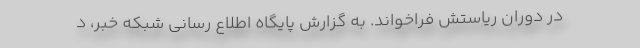
در دوران ریاستش فراخواند. به گزارش پایگاه اطلاع رسانی شبکه خبر، د